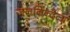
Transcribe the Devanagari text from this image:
जननिन्देला